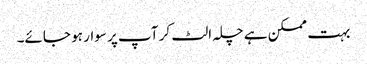
بہت ممکن ہے چلہ الٹ کر آپ پر سوار ہو جائے۔